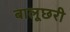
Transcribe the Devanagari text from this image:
बालूछरी